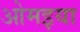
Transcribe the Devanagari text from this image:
ओमइया